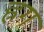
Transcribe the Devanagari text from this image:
ह्रग